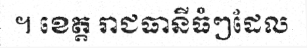
។ ខេត្ត រាជធានីធំៗដែល